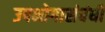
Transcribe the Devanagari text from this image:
उपभोगासंबंधी